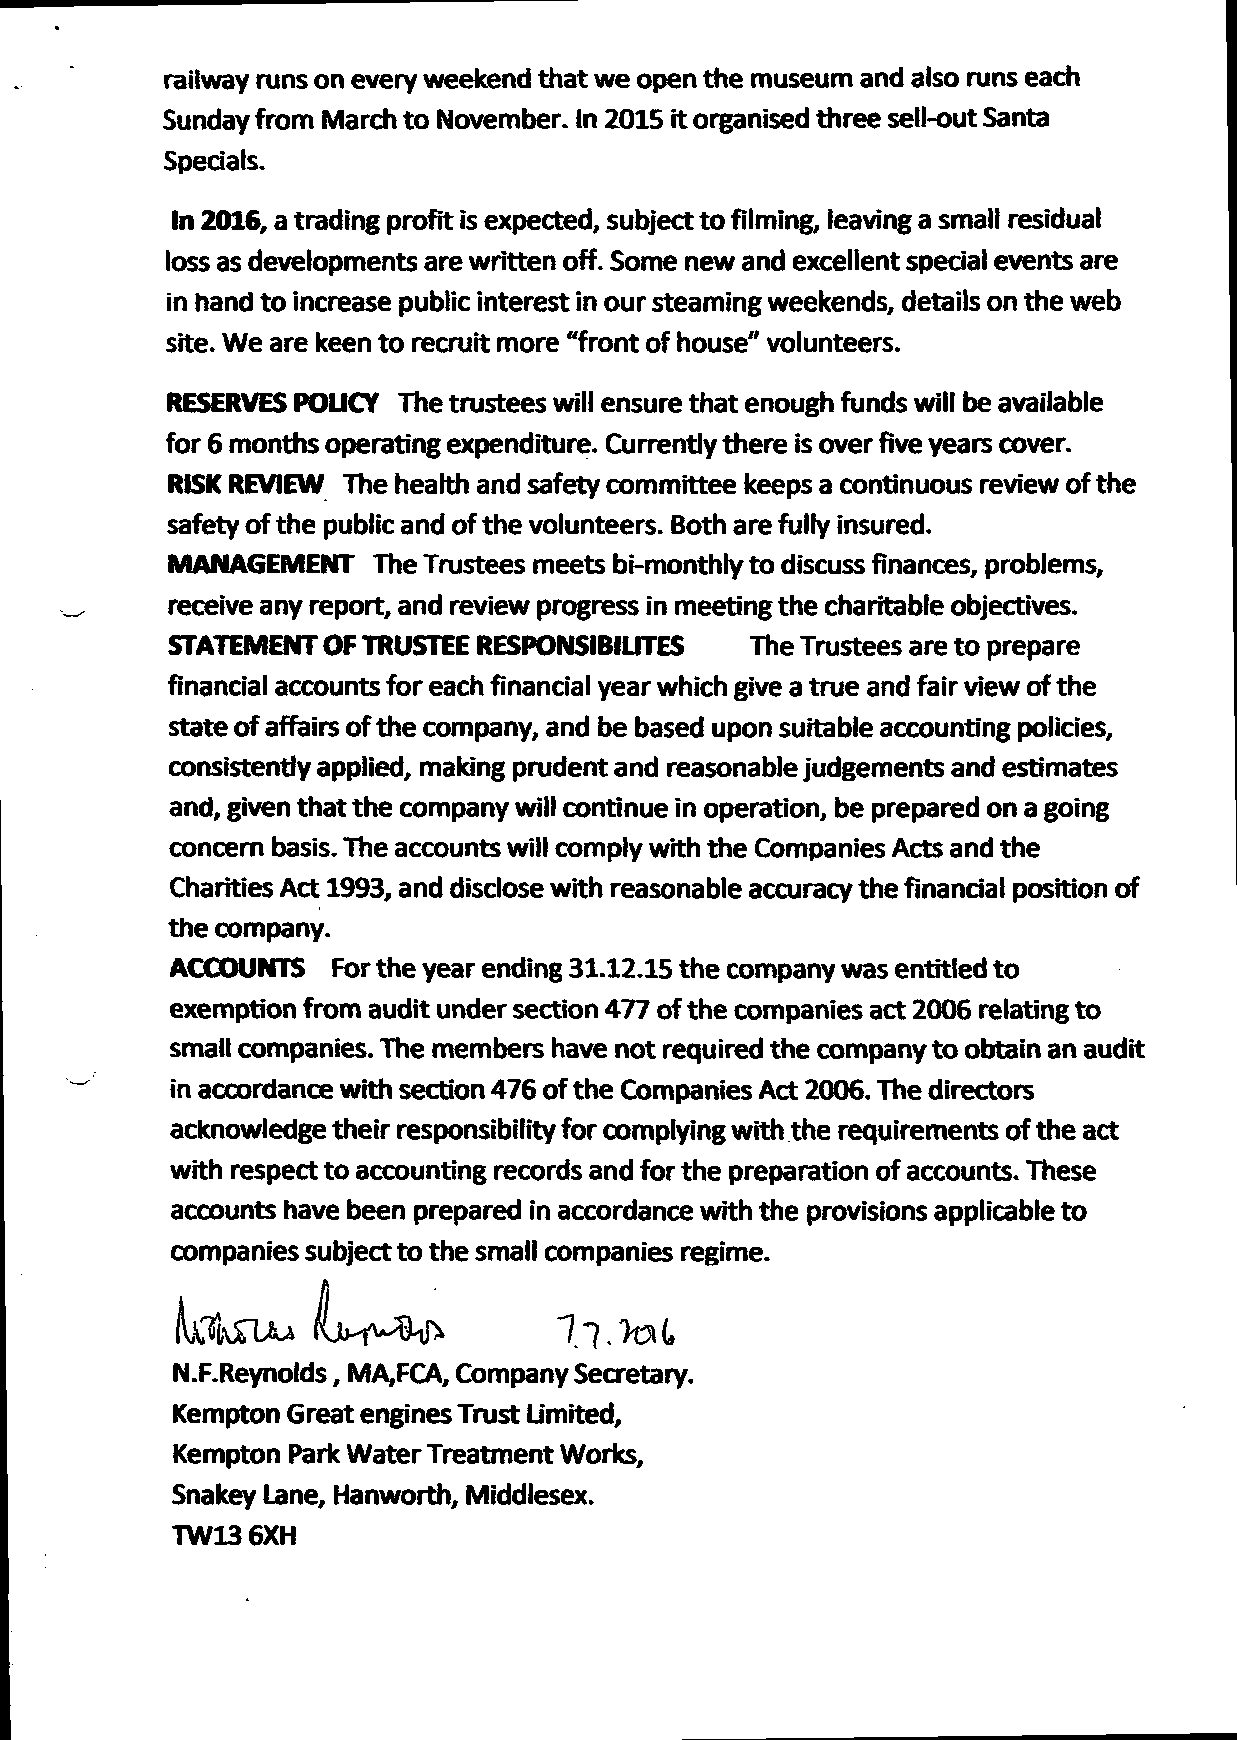
railway runs on every weekend that we open the museum and also runs each
 Sunday from March to November. In 2015 it organised three sell-out Santa
 Specials.
 In 2016, a trading profit is expected, subject to filming, leaving a small residual
 loss as developments are written off. Some new and excellent special events are
 in hand to increase public interest in our steaming weekends, details on the web
 site. We are keen to recruit more "front of house" volunteers.
 RESERVES POLICY The trustees will ensure that enough funds will be available
 for 6 months operating expenditure. Currently there is over five years cover.
 RISK REVIEW The hearth and safety committee keeps a continuous review ofthe
 safety ofthe public and ofthe volunteers. Both are fully insured.
 MANAGEMENT    The Trustees meets bi-monthly to discuss finances, problems,
 receive any report, and review progress in meeting the charitable objectives.
 STATEMENT  OF TRUSTEE RESPONSIBIUTES    The Trustees are to prepare
 financial accounts for each financial year which give a true and fair view of the
 state of affairs ofthe company, and be based upon suitable accounting policies,
 consistently applied, making prudent and reasonable judgements and estimates
 and, given that the company will continue in operation, be prepared on a going
 concern basis. The accounts will comply with the Companies Acts and the
 Charities Act 1993, and disclose with reasonable accuracy the financial position of
 the company.
 ACCOUNTS   For the year ending 31.12.15 the company was entitled to
 exemption from audit under section 477 of the companies act 2006 relating to
 small companies. The members have not required the company to obtain an audit
 in accordance with section 476 of the Companies Act 2006. The directors
 acknowledge their responsibility for complying with the requirements of the act
 with respect to accounting records and for the preparation of accounts. These
 accounts have been prepared in accordance with the provisions applicable to
 companies subject to the small companies regime.
 N.F.Reynolds, MA,FCA, Company Secretary.
 Kempton Great engines Trust Limited,
 Kempton Park Water Treatment Works,
 Snakey Lane, Hanworth, Middlesex.
 TW13 6XH